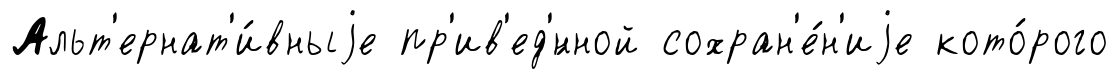
Альт'ернат'и́вныjе пр'ив'ед'́нной сохран'е́н'иjе кото́рого